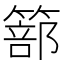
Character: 篰